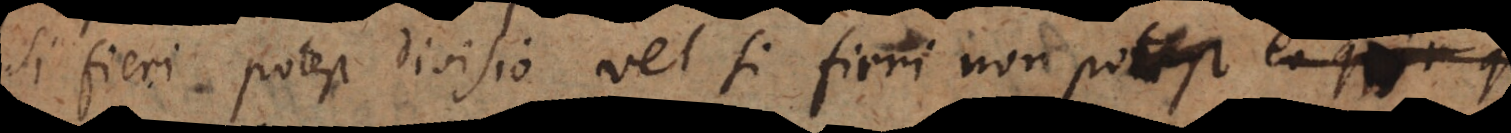
si fieri potest divisio vel si fieri non potest certo